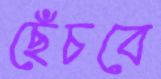
ছেঁচবে